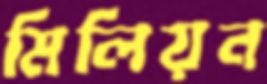
মিলিয়ন